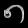
Digit: ၈